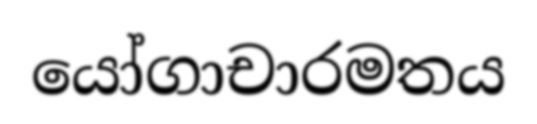
යෝගාචාරමතය